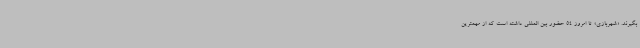
بگیرند. «شهربازی» تا امروز 54 حضور بین المللی داشته است که از مهمترین